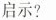
启示?